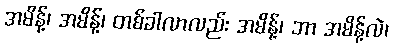
အမိန့်၊ အမိန့်၊ တစ်ခါလာလည်း အမိန့်၊ ဘာ အမိန့်လဲ၊